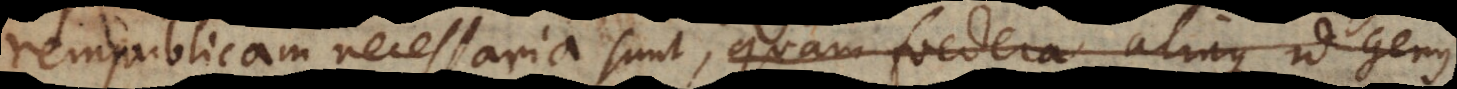
rempublicam necessaria sunt, quam foedera aliaque id genus